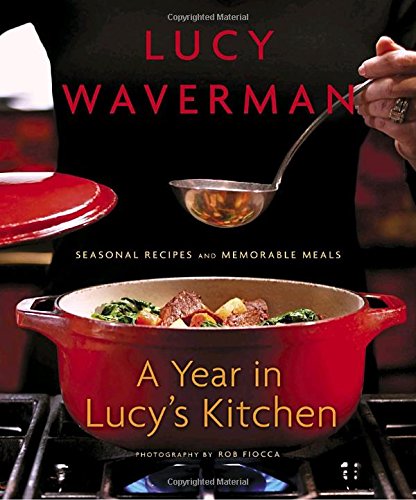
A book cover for A Year in Lucy's Kitchen: Seasonal Recipes and Memorable Meals; Lucy Waverman; Cookbooks, Food & Wine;